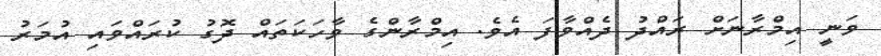
ވަނީ އިމްރާނަށް ރައްދު ދެއްވާފަ އެވެ. އިމްރާންގެ ވާހަކަތައް ދޮގު ކުރައްވައި އުމަރު